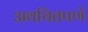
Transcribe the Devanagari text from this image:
अवचितपणे